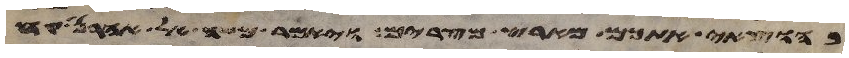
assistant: בהוצאי אתכם מארץ מצרים ויאמר משה אל אהרן קח